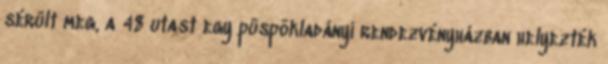
sérült meg, a 48 utast egy püspökladányi rendezvényházban helyezték